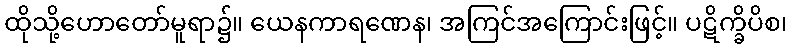
ထိုသို့ဟောတော်မူရာ၌။ ယေနကာရဏေန၊ အကြင်အကြောင်းဖြင့်။ ပဋိက္ခိပိစ၊